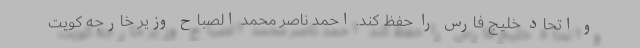
و اتحاد خلیج فارس را حفظ کند. احمد ناصر محمد الصباح وزیر خارجه کویت